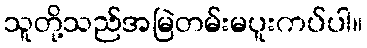
သူတို့သည်အမြဲတမ်းမပူးကပ်ပါ။